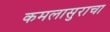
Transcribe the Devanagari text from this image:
कमलासुराचा